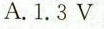
A.1.3V